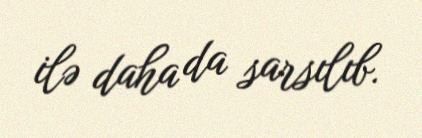
ilə daha da sarsılıb.